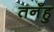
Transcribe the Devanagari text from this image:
तनँहु